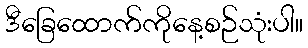
ဒီခြေထောက်ကိုနေ့စဉ်သုံးပါ။